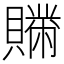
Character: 𧸅